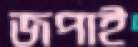
জপাই